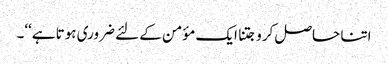
اتنا حاصل کرو جتنا ایک مؤمن کے لئے ضروری ہوتا ہے‘‘۔